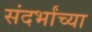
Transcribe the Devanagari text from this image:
संदर्भांच्या